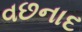
વછનાદ